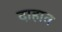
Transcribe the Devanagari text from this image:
दाहात